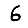
Digit: 6